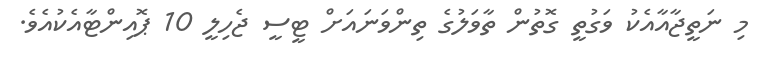
މި ނަތީޖާއާއެކު ވަގުތީ ގޮތުން ތާވަލުގެ ތިންވަނައަށް ޓީސީ ޖެހިލީ 10 ޕޮއިންޓާއެކުއެވެ.